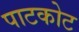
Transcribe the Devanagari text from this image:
पाटकोट